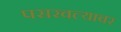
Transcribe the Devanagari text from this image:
पसरवल्यावर